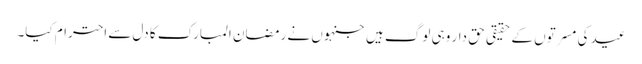
عید کی مسرتوں کے حقیقی حق دار وہی لوگ ہیں جنہوں نے رمضان المبارک کا دل سے احترام کیا۔